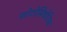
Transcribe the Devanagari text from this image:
फोटोसिंथेटिक